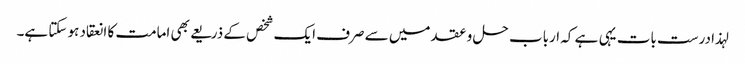
لہذا درست بات یہی ہے کہ ارباب حل و عقد میں سے صرف ایک شخص کے ذریعے بھی امامت کا انعقاد ہو سکتا ہے۔